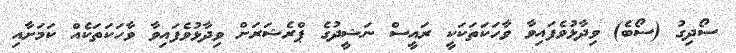
ސޯދިގު (ސޯބެ) ވިދާޅުވެފައިވާ ވާހަކަތަކަކީ ރައީސް ނަޝީދުގެ ޕްރެޝަރަށް ވިދާޅުވެފައިވާ ވާހަކަތަކެއް ކަމަށާއި